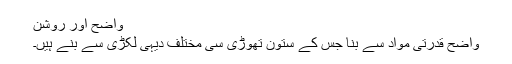
واضح اور روشن
واضح قدرتی مواد سے بنا جس کے ستون تھوڑی سی مختلف دیہی لکڑی سے بنے ہیں۔